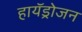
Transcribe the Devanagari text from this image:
हायॅड्रोजन